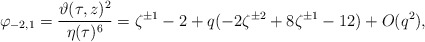
\begin{align*}\varphi_{-2,1}=\frac{\vartheta(\tau,z)^2}{\eta(\tau)^6}=\zeta^{\pm 1}-2+ q(-2\zeta^{\pm 2} +8\zeta^{\pm 1}-12)+O(q^2),\end{align*}